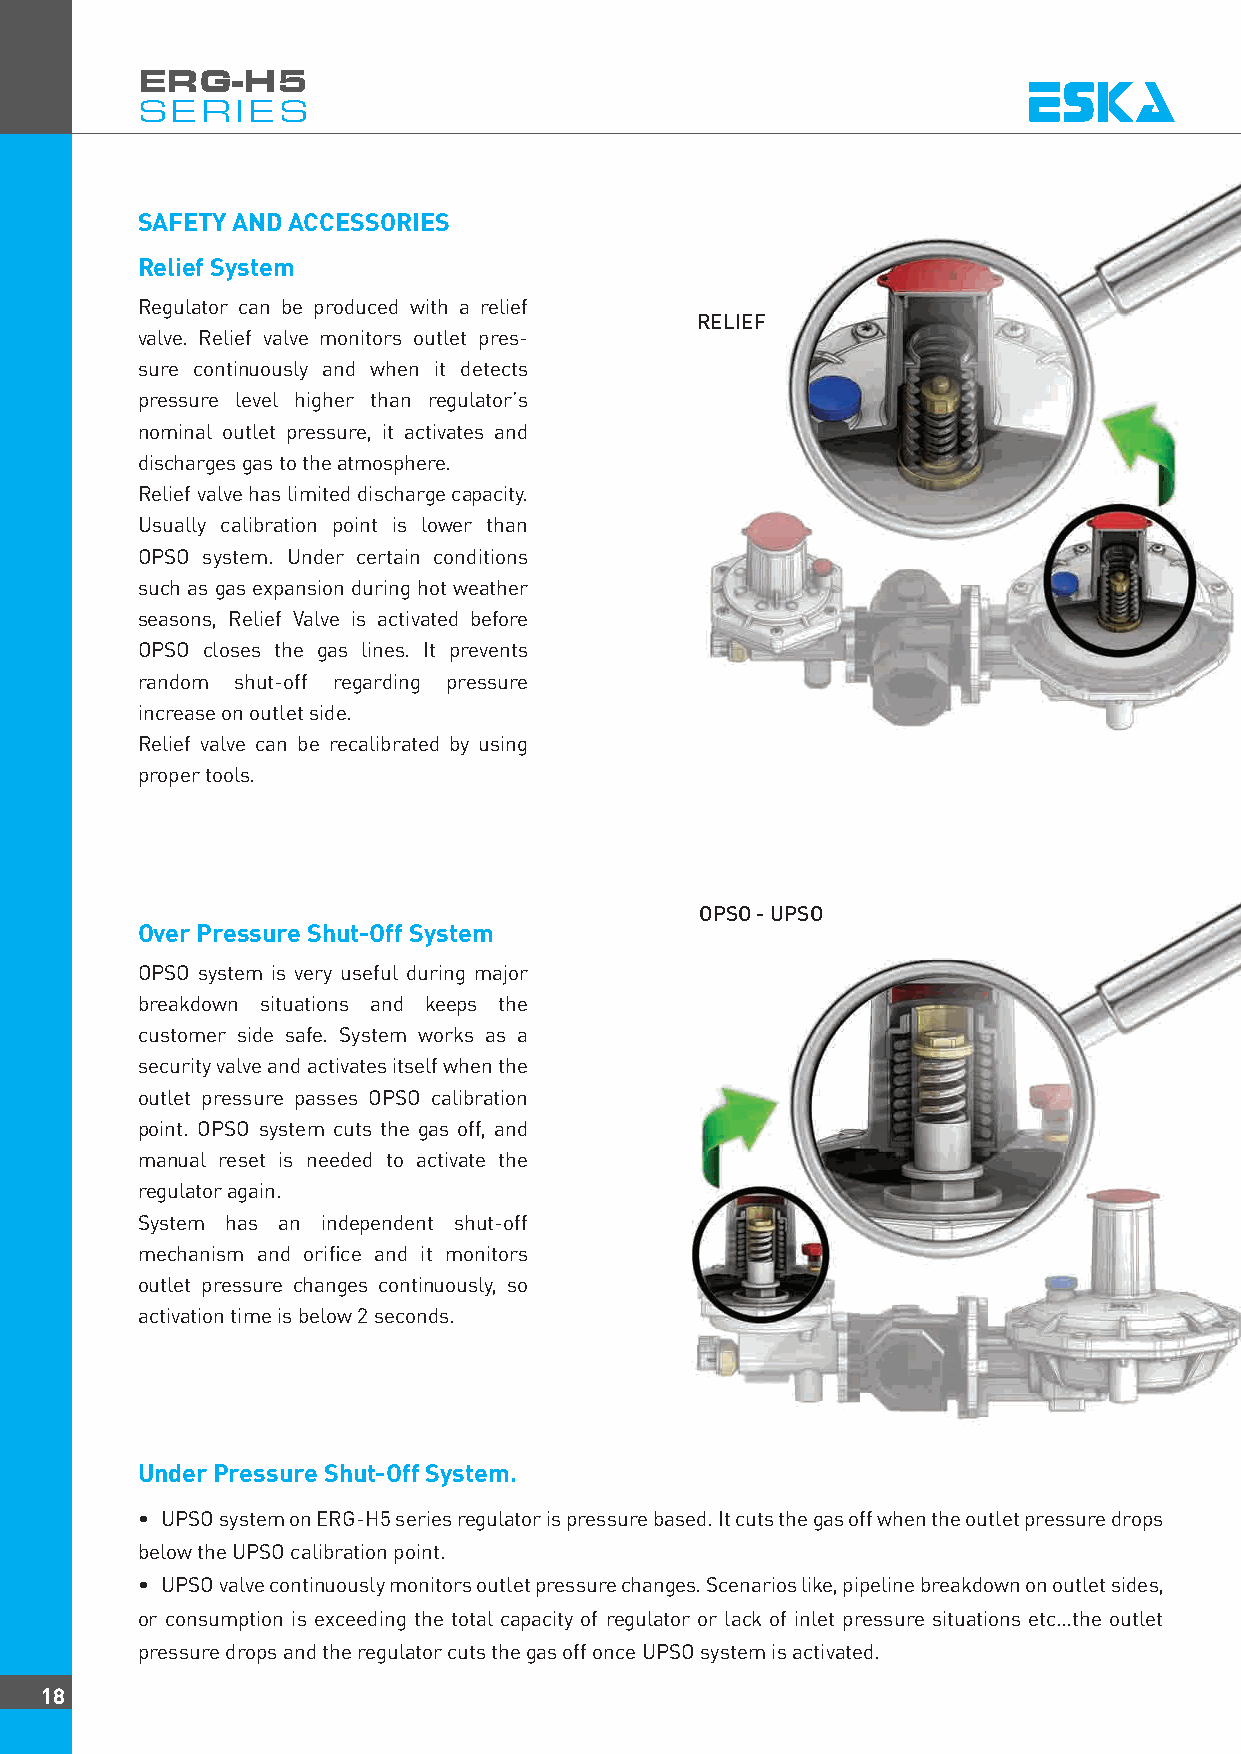
ERG-H5
 SERIES
 SAFETY AND ACCESSORIES
 Relief System
 Regulator can be produced with a relief
 RELIEF
 valve. Relief valve monitors outlet pres-
 sure continuously and when it detects
 pressure level higher than regulator’s
 nominal outlet pressure, it activates and
 discharges gas to the atmosphere.
 Relief valve has limited discharge capacity.
 Usually calibration point is lower than
 OPSO system. Under certain conditions
 such as gas expansion during hot weather
 seasons, Relief Valve is activated before
 OPSO closes the gas lines. It prevents
 random shut-off regarding pressure
 increase on outlet side.
 Relief valve can be recalibrated by using
 proper tools.
 OPSO - UPSO
 Over Pressure Shut-Off System
 OPSO system is very useful during major
 breakdown situations and keeps the
 customer side safe. System works as a
 security valve and activates itself when the
 outlet pressure passes OPSO calibration
 point. OPSO system cuts the gas off, and
 manual reset is needed to activate the
 regulator again.
 System has an independent shut-off
 mechanism and orifice and it monitors
 outlet pressure changes continuously, so
 activation time is below 2 seconds.
 Under Pressure Shut-Off System.
 • UPSO system on ERG-H5 series regulator is pressure based. It cuts the gas off when the outlet pressure drops
 below the UPSO calibration point.
 • UPSO valve continuously monitors outlet pressure changes. Scenarios like, pipeline breakdown on outlet sides,
 or consumption is exceeding the total capacity of regulator or lack of inlet pressure situations etc…the outlet
 pressure drops and the regulator cuts the gas off once UPSO system is activated.
 18